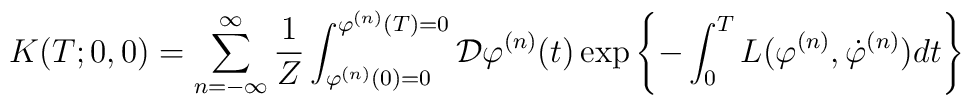
K(T;0,0) =  \sum_{n=-\infty}^{\infty}   \frac{1}{Z} \int_{\varphi^{(n)}(0)=0}^{\varphi^{(n)}(T)=0}   {\cal D}\varphi^{(n)}(t)    \exp \left\{ -\int_{0}^{T} L(\varphi^{(n)},\dot{\varphi}^{(n)})    dt \right\}